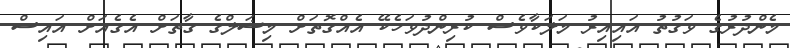
މެންދުރުގެ ވަގުތު އައިއިރު މަލަކާވެސް ކުރިންދުވަހެކޭ އެއްގޮތަށް މިޝަލްގެ ގާތަށް އެގެއަށް އައިސް